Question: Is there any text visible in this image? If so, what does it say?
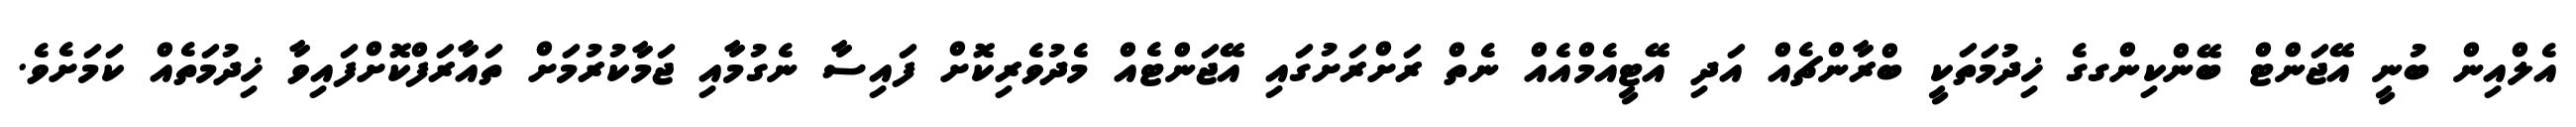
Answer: އެލްއިން ބުނީ އޭޖަންޓް ބޭންކިންގގެ ޚިދުމަތަކީ ބްރާންޗެއް އަދި އޭޓީއެމްއެއް ނެތް ރަށްރަށުގައި އޭޖަންޓެއް މެދުވެރިކޮށް ފައިސާ ނެގުމާއި ޖަމާކުރުމަށް ތައާރަފްކޮށްފައިވާ ޚިދުމަތެއް ކަމަށެވެ.